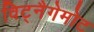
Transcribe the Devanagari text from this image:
विट्नैगेमोट